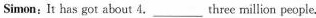
Simon：It has got about 4.___three million people.